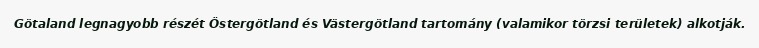
Götaland legnagyobb részét Östergötland és Västergötland tartomány (valamikor törzsi területek) alkotják.